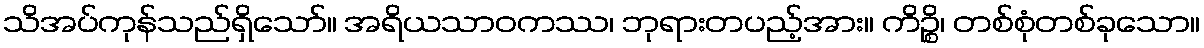
သိအပ်ကုန်သည်ရှိသော်။ အရိယသာဝကဿ၊ ဘုရားတပည့်အား။ ကိဉ္စိ၊ တစ်စုံတစ်ခုသော။